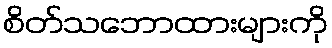
စိတ်သဘောထားများကို